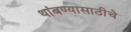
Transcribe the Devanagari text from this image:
थांबण्यासाठीचे